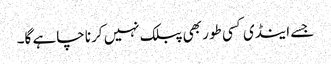
جسے اینڈی کسی طور بھی پبلک نہیں کرنا چاہے گا۔